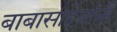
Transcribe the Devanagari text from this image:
बाबासाहेबांनीं